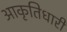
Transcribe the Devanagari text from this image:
आकृतिधारी